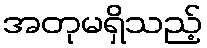
အတုမရှိသည့်